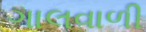
ગાલવાળી